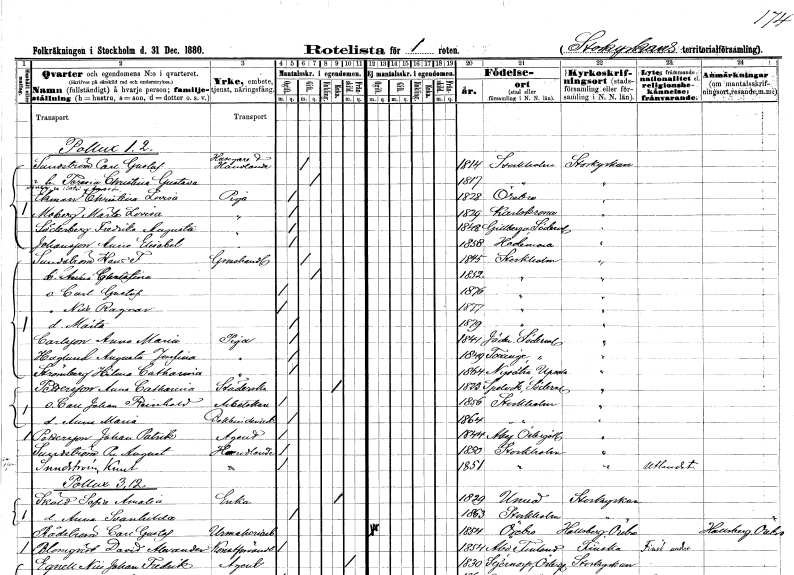
gt_parse: households: individuals: FN: Carl Gustaf
EN: Sundström
YRKE: Husägare Handlande
KON: M
CIV: G
FODAR: 1814
FODFORS: Stockholm
FN: Teresia Christina Gustava
KON: K
CIV: G
FODAR: 1817
FODFORS: Stockholm
FN: Christina Lovisa
EN: Ekman
YRKE: Piga
KON: K
CIV: O
FODAR: 1828
FODFORS: Örebro Örebro län
FN: Märta Lovisa
EN: Moberg
YRKE: Piga
KON: K
CIV: O
FODAR: 1829
FODFORS: Karlskrona Blekinge län
FN: Fredrika Augusta
EN: Söderberg
YRKE: Piga
KON: K
CIV: O
FODAR: 1848
FODFORS: Gillberga Södermanlands län
FN: Anna Elisabet
EN: Johansson
YRKE: Piga
KON: K
CIV: O
FODAR: 1858
FODFORS: Hedemora Kopparbergs län
FN: Per August
EN: Sundström
YRKE: Handlande
KON: M
CIV: O
FODAR: 1850
FODFORS: Stockholm
FN: Knut
EN: Sundström
YRKE: Handlande
KON: M
CIV: O
FODAR: 1851
FODFORS: Stockholm
FN: Hans F.
EN: Sundström
YRKE: Grosshandlare
KON: M
CIV: G
FODAR: 1845
FODFORS: Stockholm
FN: Anna Gustava
KON: K
CIV: G
FODAR: 1852
FODFORS: Stockholm
FN: Carl Gustaf
KON: M
CIV: O
FODAR: 1876
FODFORS: Stockholm
FN: Nils Ragnar
KON: M
CIV: O
FODAR: 1877
FODFORS: Stockholm
FN: Märta
KON: K
CIV: O
FODAR: 1879
FODFORS: Stockholm
FN: Anna Maria
EN: Carlsson
YRKE: Piga
KON: K
CIV: O
FODAR: 1841
FODFORS: Jäder Södermanlands län
FN: Augusta Josefina
EN: Haglund
YRKE: Piga
KON: K
CIV: O
FODAR: 1849
FODFORS: Taxinge Stockholms län
FN: Hilma Catharina
EN: Strömberg
YRKE: Piga
KON: K
CIV: O
FODAR: 1864
FODFORS: Nysätra Uppsala län
FN: Anna Catharina
EN: Pettersson
YRKE: Städerska
KON: K
CIV: E
FODAR: 1823
FODFORS: Spelvik Södermanlands län
FN: Carl Johan Reinhold
YRKE: Arbetskarl
KON: M
CIV: O
FODAR: 1856
FODFORS: Stockholm
FN: Anna Maria
YRKE: Bokbinderiarbeterska
KON: K
CIV: O
FODAR: 1864
FODFORS: Stockholm
FN: Johan Patrik
EN: Pettersson
YRKE: Agent
KON: M
CIV: O
FODAR: 1844
FODFORS: Åby Östergötlands län
FN: Sofia Amalia
EN: Sköld
YRKE: Änka
KON: K
CIV: E
FODAR: 1829
FODFORS: Umeå Västerbottens län
FN: Anna Svanhilda
KON: K
CIV: O
FODAR: 1863
FODFORS: Stockholm